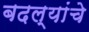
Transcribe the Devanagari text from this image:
बदल्यांचे